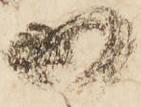
御